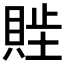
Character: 𬥖